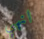
انهي